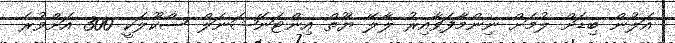
އަލުން ބިޑަށް ލުމަށް ނިންމާފަވާއިރު ލާލޭ ޔޫތް އިންޓަނޭޝަނަލް ސްކޫލަކީ 300 އަށްވުރެ